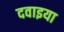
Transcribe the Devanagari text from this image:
दवाइया